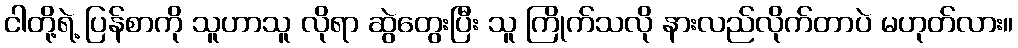
ငါတို့ရဲ့ ပြန်စာကို သူဟာသူ လိုရာ ဆွဲတွေးပြီး သူ ကြိုက်သလို နားလည်လိုက်တာပဲ မဟုတ်လား။